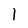
Character: I